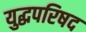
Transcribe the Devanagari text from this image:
युद्धपरिषद